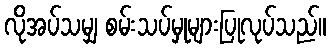
လိုအပ်သမျှ စမ်းသပ်မှုများပြုလုပ်သည်။